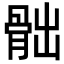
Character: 𩨸